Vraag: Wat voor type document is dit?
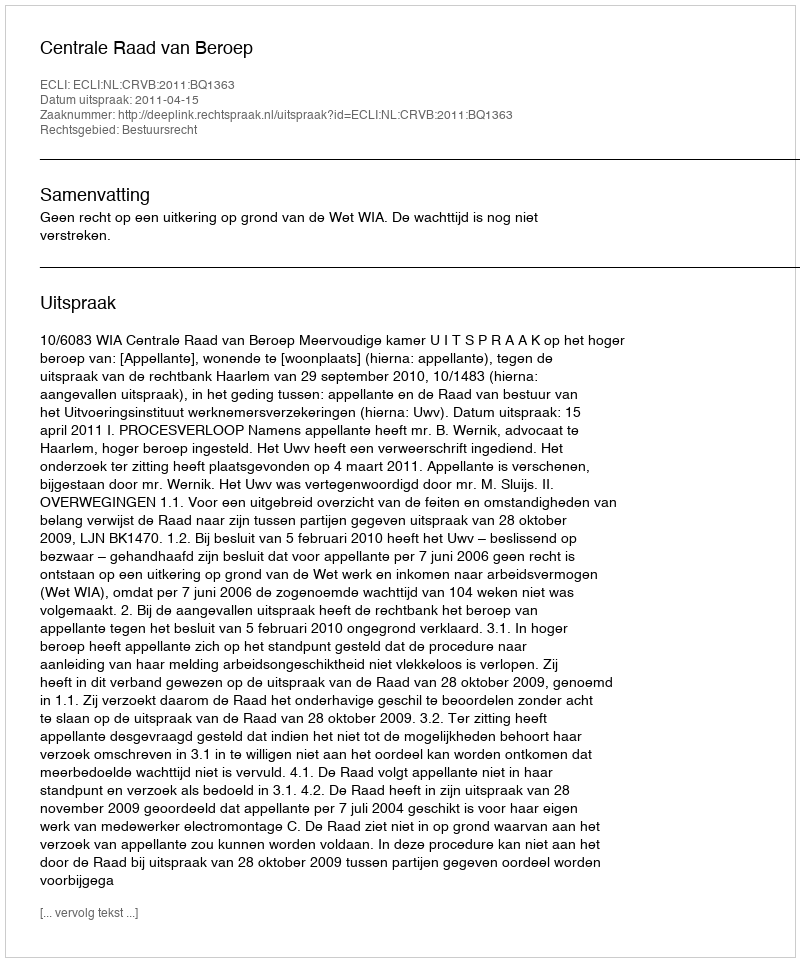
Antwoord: Uitspraak